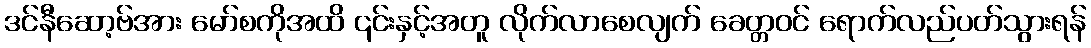
ဒင်နီဆော့ဗ်အား မော်စကိုအထိ ၎င်းနှင့်အတူ လိုက်လာစေလျက် ခေတ္တဝင် ရောက်လည်ပတ်သွားရန်